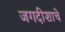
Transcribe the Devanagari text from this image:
जगदीशाचे